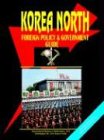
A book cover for Korea North Foreign Policy And Government Guide; Ibp Usa; Travel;